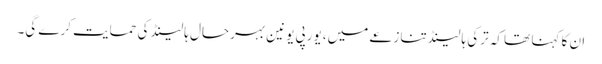
ان کا کہنا تھا کہ ترکی ہالینڈ تنازعے میں، یورپی یونین بہرحال ہالینڈ کی حمایت کرے گی۔